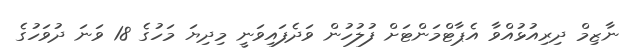
ނާޒިމް ދިރިއުޅުއްވާ އެޕާޓްމަންޓަށް ފުލުހުން ވަދެފައިވަނީ މިދިޔަ މަހުގެ 18 ވަނަ ދުވަހުގެ